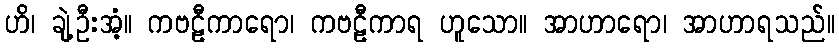
ဟိ၊ ချဲ့ဦးအံ့။ ကဗဠီကာရော၊ ကဗဠီကာရ ဟူသော။ အာဟာရော၊ အာဟာရသည်။